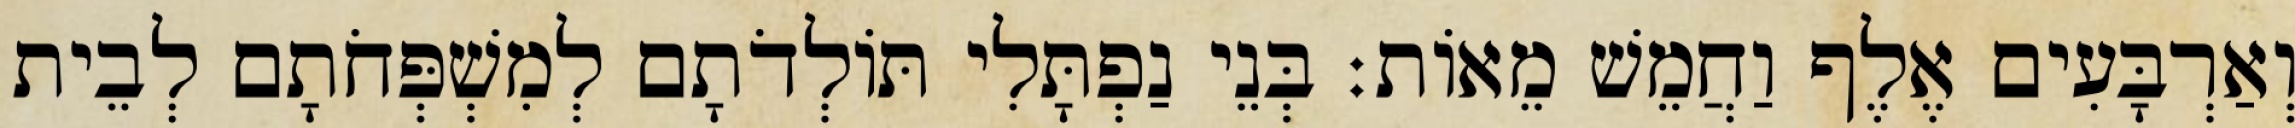
וְאַרְבָּעִים אֶלֶף וַחֲמֵשׁ מֵאוֹת׃ בְּנֵי נַפְתָּלִי תּוֹלְדֹתָם לְמִשְׁפְּחֹתָם לְבֵית